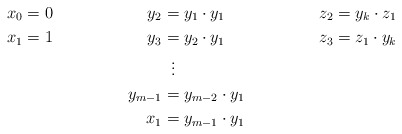
\begin{align*}x_{0}&=0 & y_2 &= y_1 \cdot y_1 & z_2 &=y_k \cdot z_1 \\x_{1}&=1 & y_3 &= y_2 \cdot y_1 & z_3 &= z_1 \cdot y_k \\&&& \;\;\vdots \\&& y_{m-1} &= y_{m-2} \cdot y_1 \\&& x_1 &= y_{m-1} \cdot y_1\end{align*}